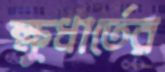
ক্ষুধার্তের